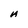
Character: A